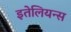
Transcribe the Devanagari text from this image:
इतेलियन्स